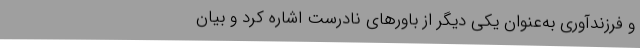
و فرزندآوری به‌عنوان یکی دیگر از باور‌های نادرست اشاره کرد و بیان